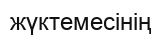
жүктемесінің